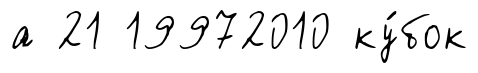
а 21 19972010 ку́бок